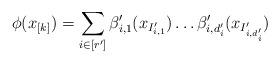
LaTeX: \begin{align*}\phi(x_{[k]}) = \sum_{i \in [r']} \beta'_{i, 1}(x_{I'_{i, 1}}) \dots \beta'_{i, d'_i}(x_{I'_{i, d'_i}})\end{align*}